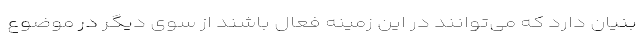
بنیان دارد که می‌توانند در این زمینه فعال باشند از سوی دیگر در موضوع